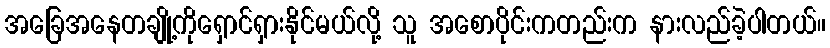
အခြေအနေတချို့ကိုရှောင်ရှားနိုင်မယ်လို့ သူ အစောပိုင်းကတည်းက နားလည်ခဲ့ပါတယ်။